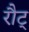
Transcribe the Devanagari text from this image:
रौट्